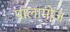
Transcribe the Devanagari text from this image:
पालामोज़